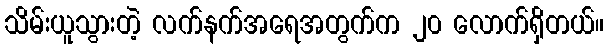
သိမ်းယူသွားတဲ့ လက်နက်အရေအတွက်က ၂၀ လောက်ရှိတယ်။